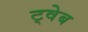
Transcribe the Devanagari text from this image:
ट्वेब